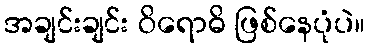
အချင်းချင်း ဝိရောဓိ ဖြစ်နေပုံပဲ။